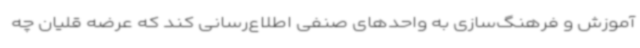
آموزش و فرهنگ‌سازی به واحدهای صنفی اطلاع‌رسانی کند که عرضه قلیان چه